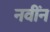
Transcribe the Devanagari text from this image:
नवींन